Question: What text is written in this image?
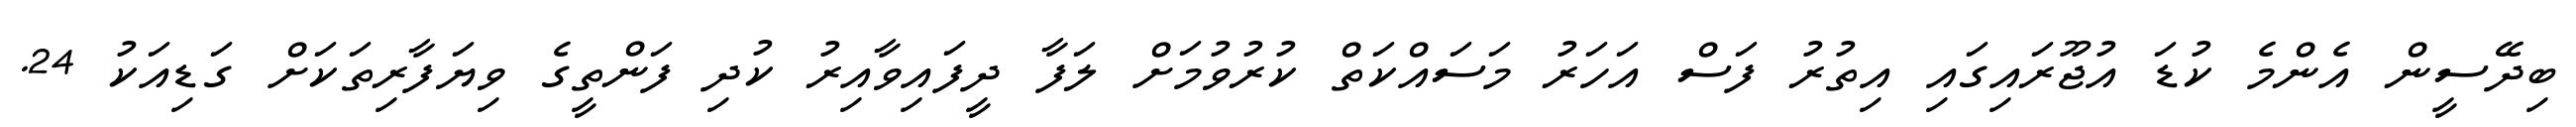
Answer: ބިދޭސީން އެންމެ ކުޑަ އުޖޫރައިގައި އިތުރު ފަސް އަހަރު މަސައްކަތް ކުރުވުމަށް ލަފާ ދީފައިވާއިރު ކުދި ފަންތީގެ ވިޔަފާރިތަކަށް ގަޑިއަކު 24.